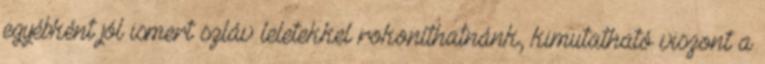
egyébként jól ismert szláv leletekkel rokoníthatnánk, kimutatható viszont a